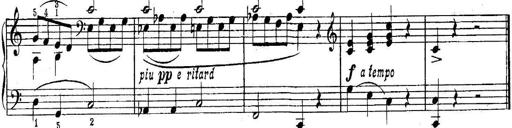
Title: Piano Sonatina No.1 in C major
Composer: Tadeusz Joteyko
Key: C major